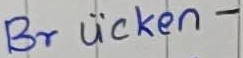
Text: Brücken-